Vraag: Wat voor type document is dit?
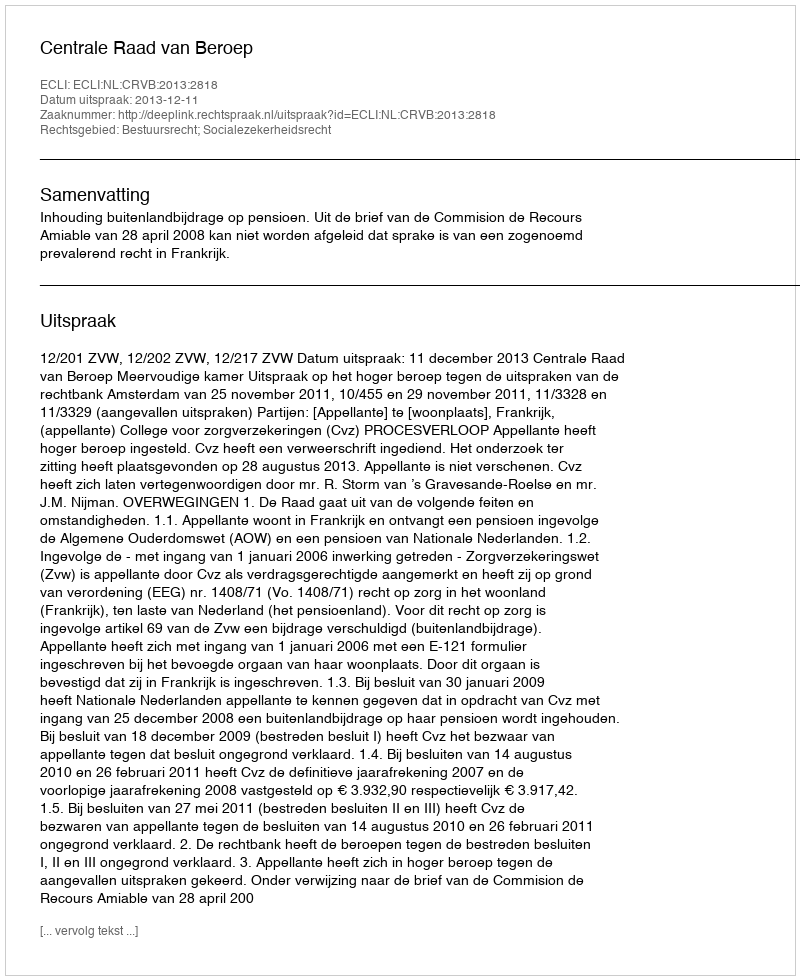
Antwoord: Uitspraak